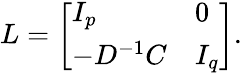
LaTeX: L={\left[\begin{array}{ll}{I_{p}}&{0}\\ {-D^{-1}C}&{I_{q}}\end{array}\right]}.